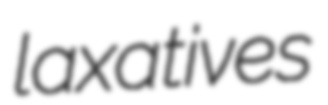
laxatives